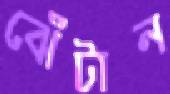
ঝেঁটান